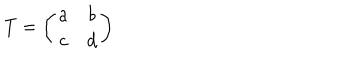
T = \left( \begin{array} { c c } { { a } } & { { b } } \\ { { c } } & { { d } } \\ \end{array} \right)